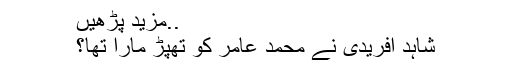
..مزید پڑھیں
شاہد آفریدی نے محمد عامر کو تھپڑ مارا تھا؟